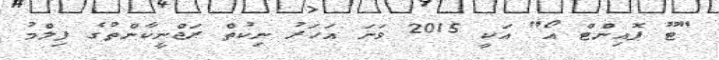
"ޓޫ ޕޮއިންޓް އޯ" އަކީ 2015 ވަނަ އަހަރު ނިކުތް ރަޖްނީކާންތުގެ ފިލްމު